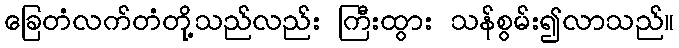
ခြေတံလက်တံတို့သည်လည်း ကြီးထွား သန်စွမ်း၍လာသည်။